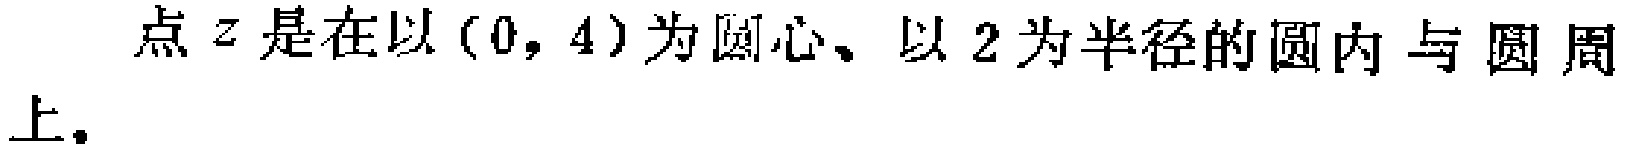
点\(z\)是在以\((0,4)\)为圆心、以\(2\)为半径的圆内与圆周上。